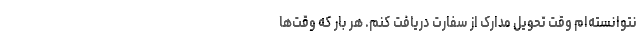
نتوانسته‌ام وقت تحویل مدارک از سفارت دریافت کنم. هر بار که وقت‌ها